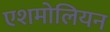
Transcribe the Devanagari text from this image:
एशमोलियन